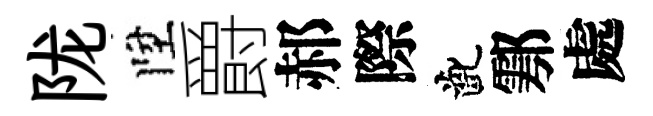
陇陞爵郝際齔鄠處